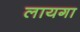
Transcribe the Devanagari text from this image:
लायगा